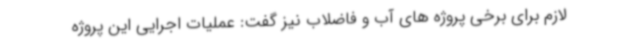
لازم برای برخی پروژه های آب و فاضلاب نیز گفت: عملیات اجرایی این پروژه